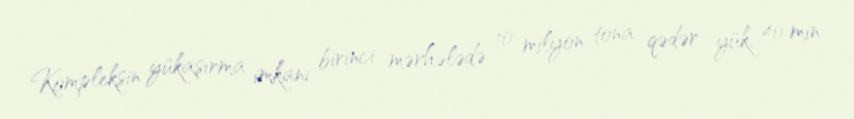
Kompleksin yükaşırma imkanı birinci mərhələdə 10 milyon tona qədər yük, 40 min